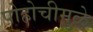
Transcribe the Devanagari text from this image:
पोहोचीमुळे